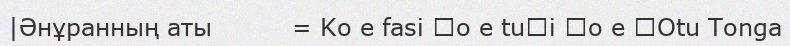
|Әнұранның аты          = Ko e fasi ʻo e tuʻi ʻo e ʻOtu Tonga